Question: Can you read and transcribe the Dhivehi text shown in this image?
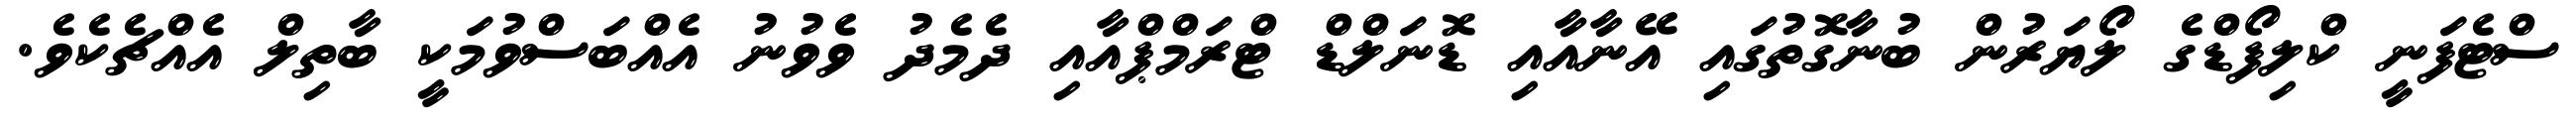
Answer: ސްޓެފަނީ ކްލިފޯޑްގެ ލޯޔަރުން ބުނާގޮތުގައި އޭނާއާއި ޑޮނަލްޑް ޓްރަމްޕްއާއި ދެމެދު ވެވުނު އެއްބަސްވުމަކީ ބާތިލް އެއްޗެކެވެ.